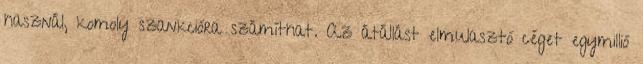
használ, komoly szankcióra számíthat. Az átállást elmulasztó céget egymillió